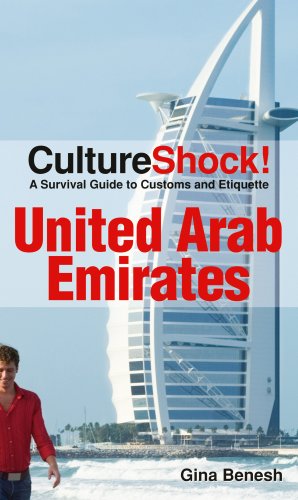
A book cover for CultureShock! United Arab Emirates (CultureShock! Guides) (Cultureshock United Arab Emirates: A Survival Guide to Customs & Eti); Gina Crocetti Benesh; Travel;